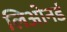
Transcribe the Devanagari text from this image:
लिओनर्ड